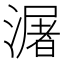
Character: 潳